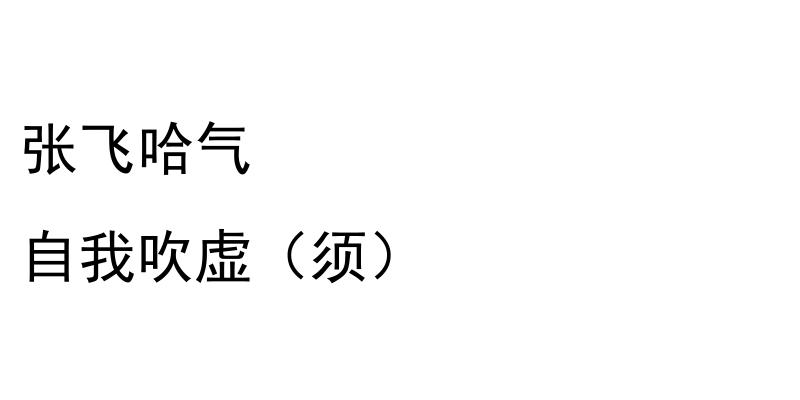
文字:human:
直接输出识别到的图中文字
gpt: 张飞哈气 自我吹虚（须）